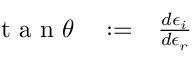
\begin{array} { r l r } { \mathrm { ~ t ~ a ~ n ~ } \theta } & { { } : = } & { \frac { d \epsilon _ { i } } { d \epsilon _ { r } } } \end{array}